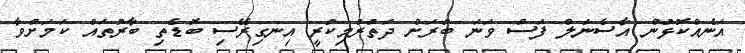
އަނެއްކޮޅުން އާސެނަލް ފަސް ވަނަ ބުރަށް ދަތުރުމިކުރީ އިނގިރޭސި ބޮޑެތި ބާރުތައް ކަމަށްވާ